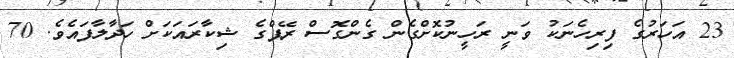
23 އަހަރުގެ ފިރިހެނަކު ވަނީ ރަހީނުކޮށްގެން ގެންގޮސް ރޭޕްގެ ޝިކާރައަކަށް ހަދާލާފައެވެ. 70